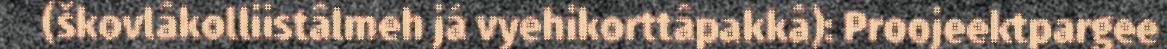
(škovlâkolliistâlmeh já vyehikorttâpakkâ): Proojeektpargee